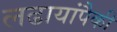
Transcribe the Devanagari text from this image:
लढायांपैकी